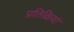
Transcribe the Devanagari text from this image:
प्रतिक्रियां